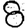
Digit: 8